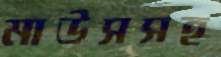
মাউসসহ